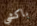
باكشي